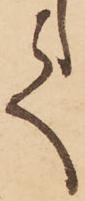
て